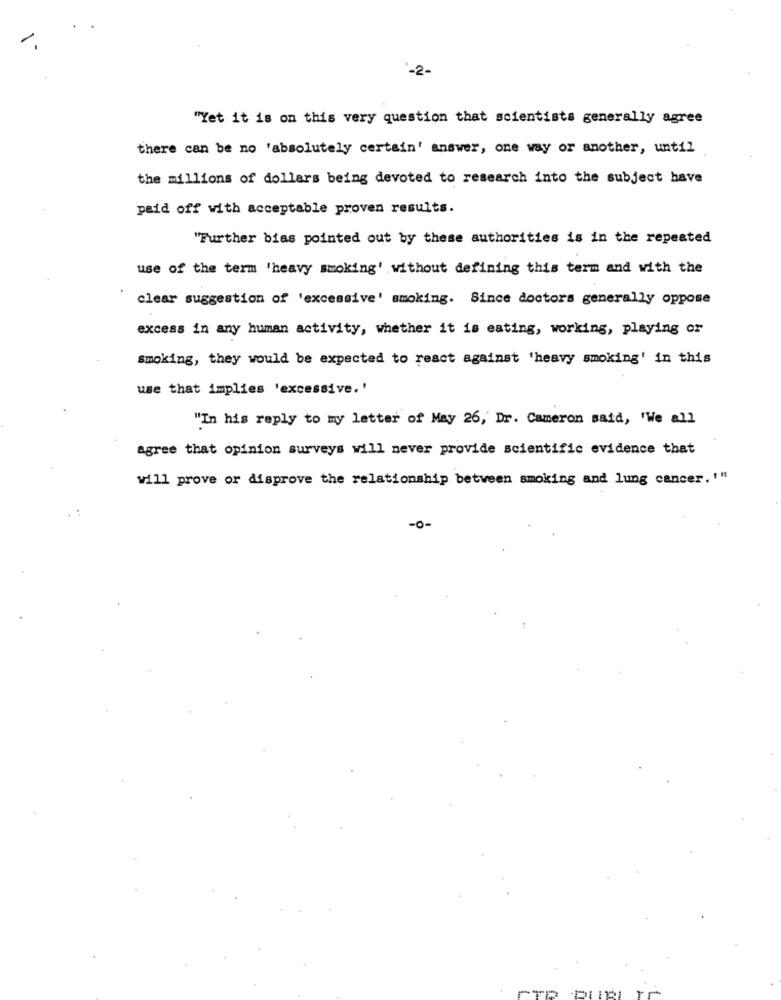
-
-2-
"Yet it is on this very question that scientists generally agree
there can be no 'absolutely certain' answer, one way or another, until
the millions of dollars being devoted to research into the subject have
paid off with acceptable proven results.
"Further bias pointed out by these authorities is in the repeated
use of the term 'heavy smoking' without defining this term and with the
clear suggestion of 'excessive' smoking. Since doctors generally oppose
excess in any human activity, whether it is eating, working, playing or
smoking, they would be expected to react against 'heavy smoking' in this
use that implies 'excessive.'
"In his reply to my letter of May 26, Dr. Cameron said, 'We all
agree that opinion surveys will never provide scientific evidence that
will prove or disprove the relationship between smoking and lung cancer. ""
-0-